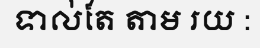
ទាល់តែ តាម រយ :